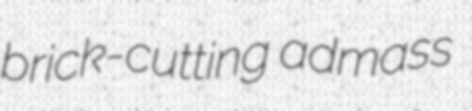
brick-cutting admass